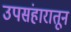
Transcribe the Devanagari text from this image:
उपसंहारातून